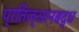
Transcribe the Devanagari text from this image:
प्रतिज्ञानबद्ध